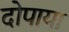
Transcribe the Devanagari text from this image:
दोपाया